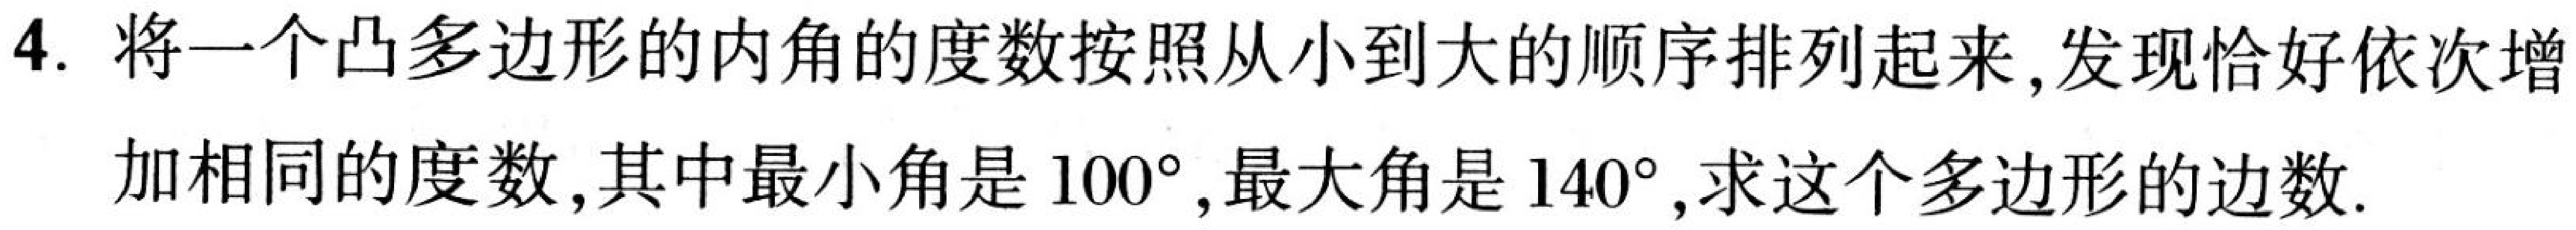
4. 将一个凸多边形的内角的度数按照从小到大的顺序排列起来,发现恰好依次增
加相同的度数,其中最小角是 \(100^{\circ}\),最大角是 \(140^{\circ}\),求这个多边形的边数.